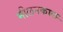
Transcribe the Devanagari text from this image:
मीलनकाल